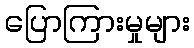
ပြောကြားမှုများ